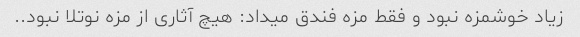
زیاد خوشمزه نبود و فقط مزه فندق میداد: هیچ آثاری از مزه نوتلا نبود..